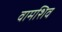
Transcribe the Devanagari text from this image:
वामशिव